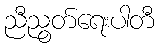
ညီညွတ်ရေးပါတီ